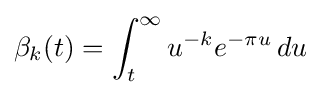
\displaystyle \beta _{k}(t)=\int _{t}^{\infty }u^{-k}e^{-\pi u}\,du